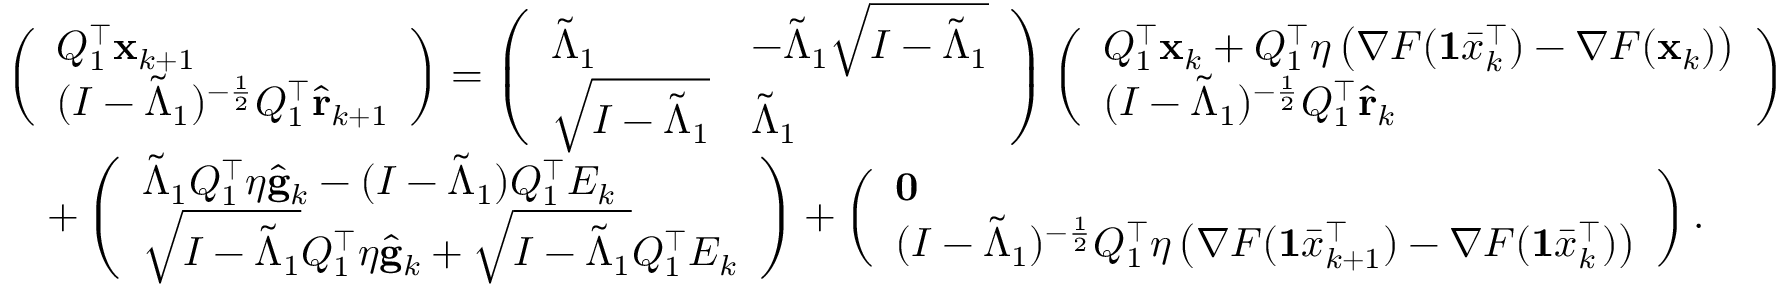
\begin{array} { r l } & { \left( \begin{array} { l } { Q _ { 1 } ^ { \intercal } \mathbf { x } _ { k + 1 } } \\ { ( I - \tilde { \Lambda } _ { 1 } ) ^ { - \frac { 1 } { 2 } } Q _ { 1 } ^ { \intercal } \hat { \mathbf { r } } _ { k + 1 } } \end{array} \right) = \left( \begin{array} { l l } { \tilde { \Lambda } _ { 1 } } & { - \tilde { \Lambda } _ { 1 } \sqrt { I - \tilde { \Lambda } _ { 1 } } } \\ { \sqrt { I - \tilde { \Lambda } _ { 1 } } } & { \tilde { \Lambda } _ { 1 } } \end{array} \right) \left( \begin{array} { l } { Q _ { 1 } ^ { \intercal } \mathbf { x } _ { k } + Q _ { 1 } ^ { \intercal } \eta \left( \nabla F ( \mathbf { 1 } \bar { x } _ { k } ^ { \intercal } ) - \nabla F ( \mathbf { x } _ { k } ) \right) } \\ { ( I - \tilde { \Lambda } _ { 1 } ) ^ { - \frac { 1 } { 2 } } Q _ { 1 } ^ { \intercal } \hat { \mathbf { r } } _ { k } } \end{array} \right) } \\ & { \quad + \left( \begin{array} { l } { \tilde { \Lambda } _ { 1 } Q _ { 1 } ^ { \intercal } \eta \hat { \mathbf { g } } _ { k } - ( I - \tilde { \Lambda } _ { 1 } ) Q _ { 1 } ^ { \intercal } E _ { k } } \\ { \sqrt { I - \tilde { \Lambda } _ { 1 } } Q _ { 1 } ^ { \intercal } \eta \hat { \mathbf { g } } _ { k } + \sqrt { I - \tilde { \Lambda } _ { 1 } } Q _ { 1 } ^ { \intercal } E _ { k } } \end{array} \right) + \left( \begin{array} { l } { \mathbf { 0 } } \\ { ( I - \tilde { \Lambda } _ { 1 } ) ^ { - \frac { 1 } { 2 } } Q _ { 1 } ^ { \intercal } \eta \left( \nabla F ( \mathbf { 1 } \bar { x } _ { k + 1 } ^ { \intercal } ) - \nabla F ( \mathbf { 1 } \bar { x } _ { k } ^ { \intercal } ) \right) } \end{array} \right) . } \end{array}